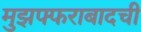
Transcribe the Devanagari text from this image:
मुझफ्फराबादची